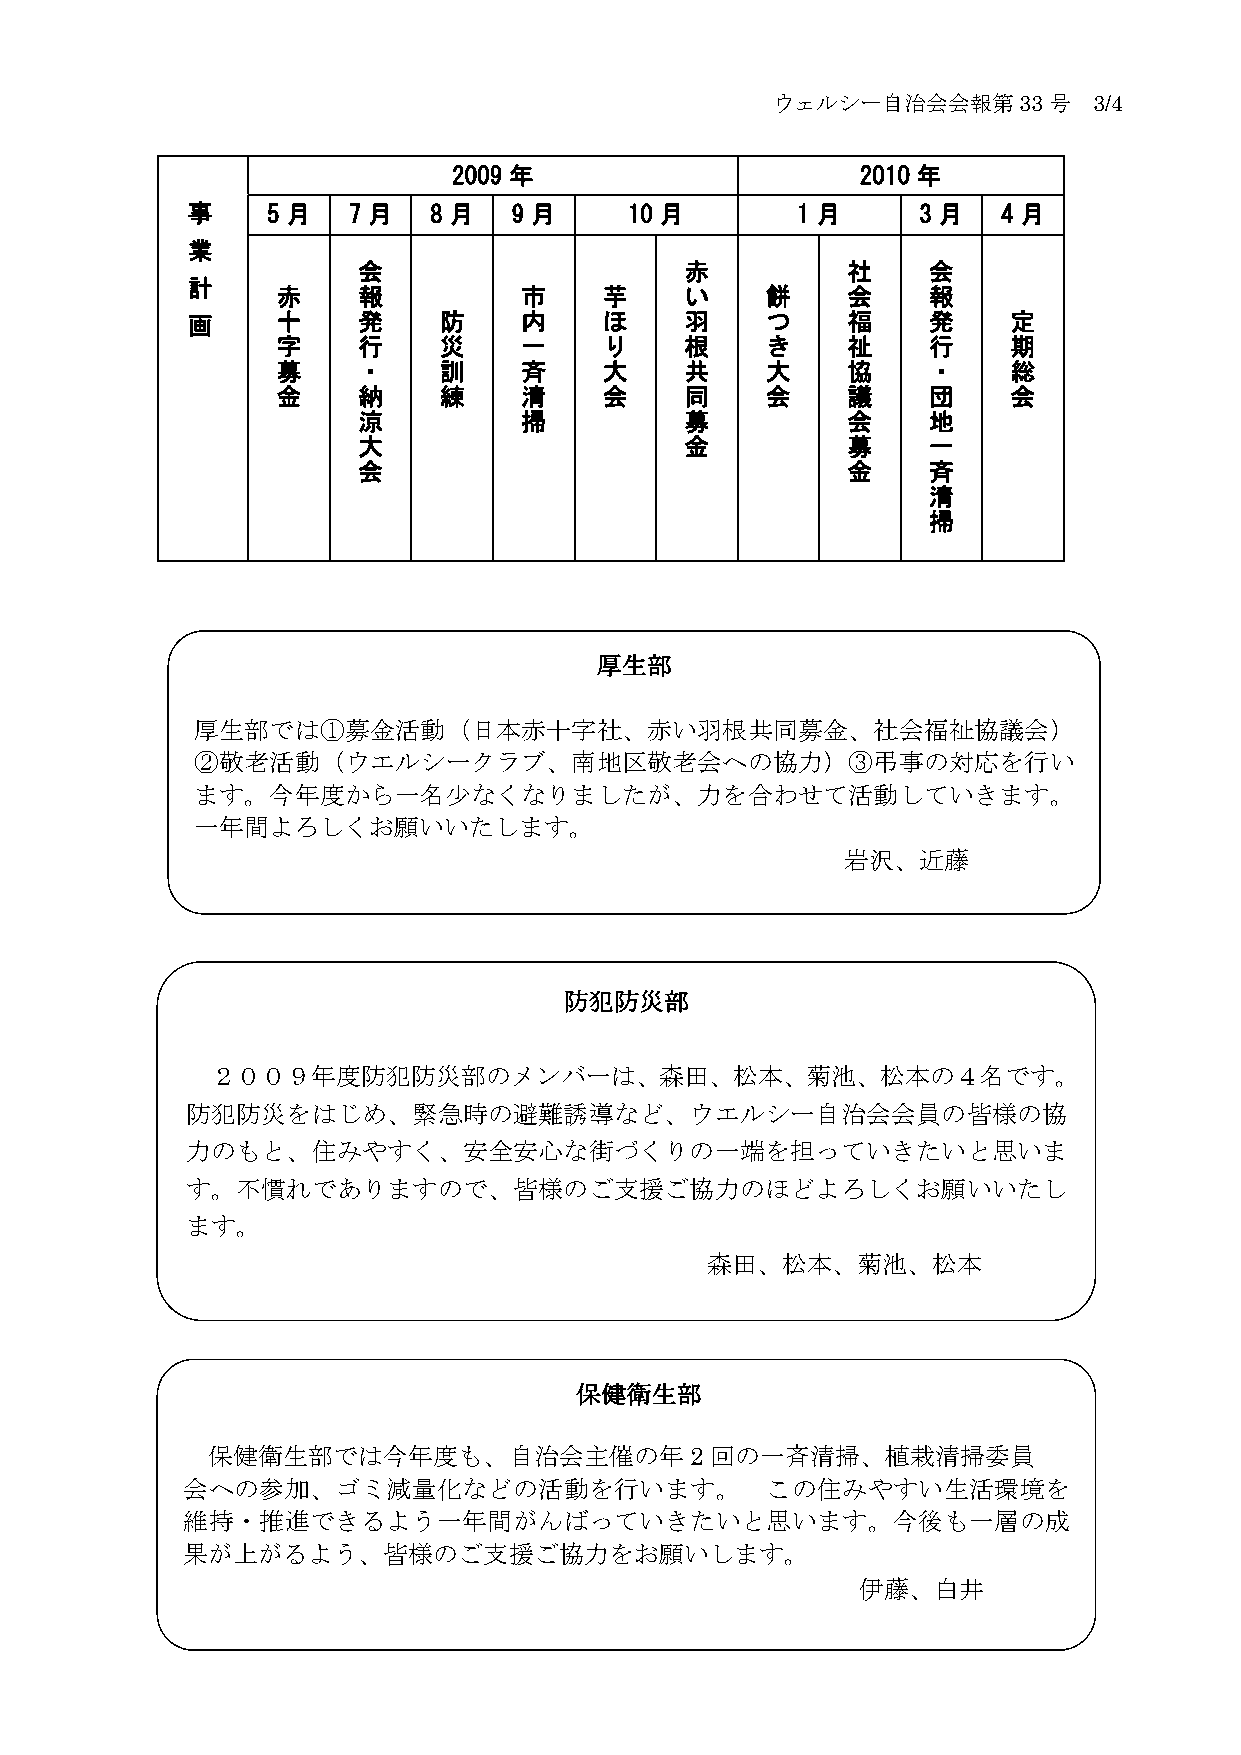
ウェルシー自治会会報第33号       3/4
 2009 年                     2010 年
 事     5 月  7 月  8 月   9 月     10 月       1 月     3 月  4 月
 業
 会                    赤          社    会
 計
 赤     報         市     芋    い     餅    会    報
 画     十     発    防    内     ほ    羽     つ    福    発     定
 字     行    災    一     り    根     き    祉    行     期
 募     ・    訓    斉     大    共     大    協    ・     総
 金     納    練    清     会    同     会    議    団     会
 涼         掃          募          会    地
 大                    金          募    一
 会                               金    斉
 清
 掃
 厚生部
 厚生部では①募金活動（日本赤十字社、赤い羽根共同募金、社会福祉協議会）
 ②敬老活動（ウエルシークラブ、南地区敬老会への協力）③弔事の対応を行い
 ます。今年度から一名少なくなりましたが、力を合わせて活動していきます。
 一年間よろしくお願いいたします。
 岩沢、近藤
 防犯防災部
 ２００９年度防犯防災部のメンバーは、森田、松本、菊池、松本の４名です。
 防犯防災をはじめ、緊急時の避難誘導など、ウエルシー自治会会員の皆様の協
 力のもと、住みやすく、安全安心な街づくりの一端を担っていきたいと思いま
 す。不慣れでありますので、皆様のご支援ご協力のほどよろしくお願いいたし
 ます。
 森田、松本、菊池、松本
 保健衛生部
 保健衛生部では今年度も、自治会主催の年2回の一斉清掃、植栽清掃委員
 会への参加、ゴミ減量化などの活動を行います。                 この住みやすい生活環境を
 維持・推進できるよう一年間がんばっていきたいと思います。今後も一層の成
 果が上がるよう、皆様のご支援ご協力をお願いします。
 伊藤、白井